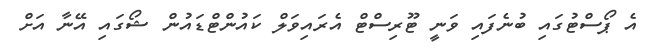
އެ ޕޯސްޓުގައި ބުނެފައި ވަނީ ޓޫރިސްޓް އެރައިވަލް ކައުންޓްޑައުން ޝޯގައި އޭނާ އަށް